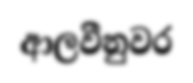
ආලවීනුවර